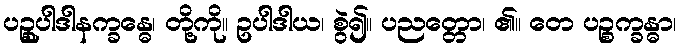
ပဉ္စုပါဒါနက္ခန္ဓေ၊ တို့ကို။ ဥပါဒါယ၊ စွဲ၍။ ပညတ္တော၊ ၏။ တေ ပဉ္စက္ခန္ဓာ၊